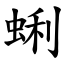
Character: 蜊